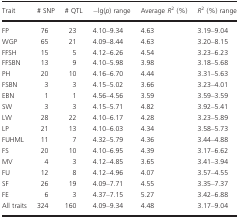
<table><thead><tr><td><b>Trait</b></td><td><b># SNP</b></td><td><b># QTL</b></td><td><b>−lg(<i>p</i>) range</b></td><td><b>Average <i>R</i><sup>2</sup> (%)</b></td><td><b><i>R</i><sup>2</sup> (%) range</b></td></tr></thead><tbody><tr><td>FP</td><td>76</td><td>23</td><td>4.10–9.34</td><td>4.63</td><td>3.19–9.04</td></tr><tr><td>WGP</td><td>65</td><td>21</td><td>4.09–8.44</td><td>4.63</td><td>3.20–8.15</td></tr><tr><td>FFSH</td><td>15</td><td>5</td><td>4.12–6.26</td><td>4.54</td><td>3.23–6.23</td></tr><tr><td>FFSBN</td><td>13</td><td>9</td><td>4.10–5.98</td><td>3.98</td><td>3.18–5.68</td></tr><tr><td>PH</td><td>20</td><td>10</td><td>4.16–6.70</td><td>4.44</td><td>3.31–5.63</td></tr><tr><td>FSBN</td><td>3</td><td>3</td><td>4.15–5.02</td><td>3.66</td><td>3.23–4.01</td></tr><tr><td>EBN</td><td>1</td><td>1</td><td>4.56–4.56</td><td>3.59</td><td>3.59–3.59</td></tr><tr><td>SW</td><td>3</td><td>3</td><td>4.15–5.71</td><td>4.82</td><td>3.92–5.41</td></tr><tr><td>LW</td><td>28</td><td>22</td><td>4.10–6.17</td><td>4.28</td><td>3.23–5.89</td></tr><tr><td>LP</td><td>21</td><td>13</td><td>4.10–6.03</td><td>4.34</td><td>3.58–5.73</td></tr><tr><td>FUHML</td><td>11</td><td>7</td><td>4.32–5.79</td><td>4.36</td><td>3.44–4.88</td></tr><tr><td>FS</td><td>20</td><td>10</td><td>4.10–6.95</td><td>4.39</td><td>3.17–6.62</td></tr><tr><td>MV</td><td>4</td><td>3</td><td>4.12–4.85</td><td>3.65</td><td>3.41–3.94</td></tr><tr><td>FU</td><td>12</td><td>8</td><td>4.12–4.96</td><td>4.07</td><td>3.57–4.55</td></tr><tr><td>SF</td><td>26</td><td>19</td><td>4.09–7.71</td><td>4.55</td><td>3.35–7.37</td></tr><tr><td>FE</td><td>6</td><td>3</td><td>4.37–7.15</td><td>5.27</td><td>3.42–6.88</td></tr><tr><td>All traits</td><td>324</td><td>160</td><td>4.09–9.34</td><td>4.48</td><td>3.17–9.04</td></tr></tbody></table>